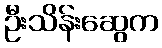
ဦးသိန်းဆွေက